Vaccination United Provinces of Agra and Oudh 1914-1922 - 1914-1922
Year: 1914
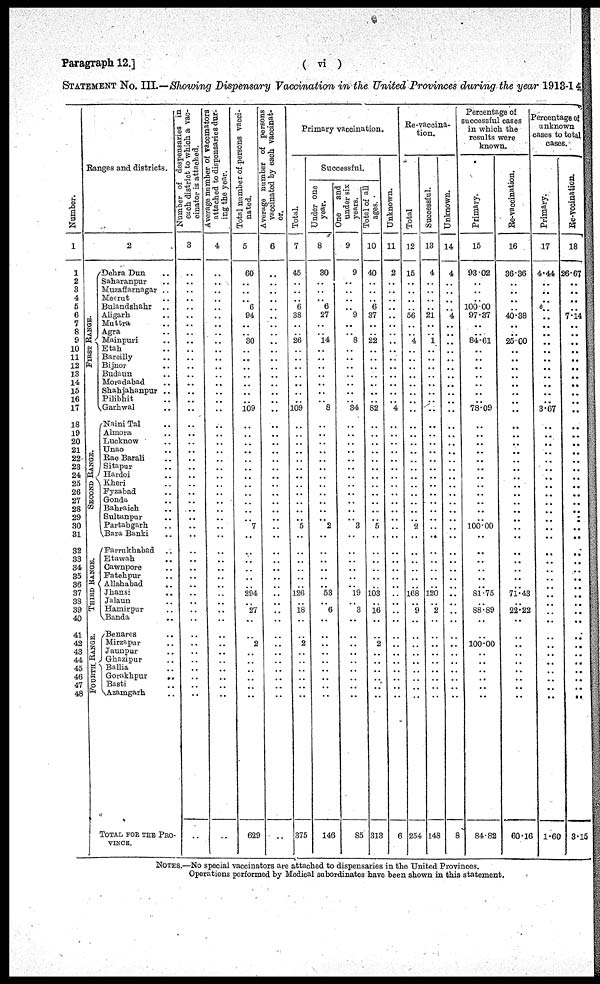
Paragraph 12.]
( vi )
STATEMENT NO. III.—Showing Dispensary Vaccination in the United Provinces during the year 1913-14
Number.
1
1
2
3
4
5
6
7
8
9
10
11
12
13
14
15
16
17
18
19
20
21
22
23
24
25
26
27
28
29
30
31
32
33
34
35
36
37
38
39
40
41
42
43
44
45
46
47
48
Ranges and districts.
FIRST RANGE.
SECOND RANGE.
THIRD RANGE.
FOURTH. RANGE.
2
Dehra Dun ..
Saharanpur ..
Muzaffarnagar ..
Meerut ..
Bulandshahr
..
Aligarh ..
Muttra ..
Agra ..
Mainpuri ..
Etah ..
Bareilly ..
Bijnor ..
Budaun ..
Moradabad ..
Shahjahanpur ..
Pilibhit ..
Garhwal ..
Naini Tal ..
Almora ..
Lucknow ..
Unao ..
Rae Barali ..
Sitapur ..
Hardoi ..
Kheri ..
Fyzabad ..
Gonda ..
Bahraich ..
Sultanpur ..
Partabgarh ..
Bara Banki ..
Farrukhabad ..
Etawah ..
Cawnpore ..
Fatehpur ..
Allahabad ..
Jhansi ..
Jalaun ..
Hamirpur ..
Banda ..
Benares ..
Mirzapur ..
Jaunpur ..
Ghazipur ..
Ballia ..
Gorakhpur
..
Basti ..
Azamgarh ..
TOTAL FOR THE PRO
VINCE.
Number of despensaries in
each district to which a vac-
cinator is attached.
3
..
..
..
..
..
..
..
..
..
..
..
..
..
..
..
..
..
..
..
..
..
..
..
..
..
..
..
..
..
..
..
..
..
..
..
..
..
..
..
..
..
..
..
..
..
..
..
..
..
Average number of vaccinators
attached to dispensaries dur-
ing the year.
4
..
..
..
..
..
..
..
..
..
..
..
..
..
..
..
..
..
..
..
..
..
..
..
..
..
..
..
..
..
..
..
..
..
..
..
..
..
..
..
..
..
..
..
..
..
..
..
..
..
Total number of persons vacci-
nated.
5
60
..
..
.. 6
..94
..
..
30
..
..
..
..
..
..
..
109
..
..
..
..
..
..
..
..
..
..
..
..
7
..
..
..
..
..
..
294
..
27
..
..
2
..
..
..
..
..
..
629
Average number of persons
vaccinated by each vaccinat-
or.
6
..
..
..
..
..
..
..
..
..
..
..
..
..
..
..
..
..
..
..
..
..
..
..
..
..
..
..
..
..
..
..
..
..
..
..
..
..
..
..
..
..
..
..
..
..
..
..
..
..
Primary vaccination.
Total.
7
45
..
..
.. 6
38
..
..
26
..
..
..
..
..
..
..
109
..
..
..
..
..
..
..
..
..
..
..
..
5
..
..
..
..
..
..
126
..
18
..
..
2
..
..
..
..
..
..
375
Successful.
Under one
year.
8
30
..
..
.. 6
27
..
..
14
..
..
..
..
..
..
..
8
..
..
..
..
..
..
..
..
..
..
..
..
2
..
..
..
..
..
..
53
..
6
..
..
..
..
..
..
..
..
..
146
One
and
under six
years.
9
9
..
..
.. ..
9
..
..
8
..
..
..
..
..
..
..
34
..
..
..
..
..
..
..
..
..
..
..
..
3
..
..
..
..
..
..
19
..
3
..
..
..
..
..
..
..
..
..
85
Total of all
ages.
10
40
..
..
.. 6
37
..
..
22
..
..
..
..
..
..
..
82
..
..
..
..
..
..
..
..
..
..
..
..
5
..
..
..
..
..
..
103
..
16
..
..
2
..
..
..
..
..
..
313
Unknown.
11
2
..
..
..
..
..
..
..
..
..
..
..
..
..
..
..
4
..
..
..
..
..
..
..
..
..
..
..
..
..
..
..
..
..
..
..
..
..
..
..
..
..
..
..
..
..
..
..
6
Re-vaccina-
tion.
Total
12
15
..
..
..
..
56
..
..
4
..
..
..
..
..
..
..
..
..
..
..
..
..
..
..
..
..
..
..
..
2
..
..
..
..
..
..
168
..
9
..
..
..
..
..
..
..
..
..
254
Successful.
13
4
..
..
..
..
21
..
..
1
..
..
..
..
..
..
..
..
..
..
..
..
..
..
..
..
..
..
..
..
..
..
..
..
..
..
..
120
..
2
..
..
..
..
..
..
..
..
..
148
Unknown.
14
4
..
..
..
..
4
..
..
..
..
..
..
..
..
..
..
..
..
..
..
..
..
..
..
..
..
..
..
..
..
..
..
..
..
..
..
..
..
..
..
..
..
..
..
..
..
..
..
8
Percentage of
successful cases
in which the
results were
known.
Primary.
15
93.02
..
..
..
100.00
97.37
..
..
84.61
..
..
..
..
..
..
..
78.09
..
..
..
..
..
..
..
..
..
..
..
..
100.00
..
..
..
..
..
..
81.75
..
88.89
..
..
100.00
..
..
..
..
..
..
84..82
Re-vaccination.
16
36.86
..
..
..
..
40.88
..
..
2500
..
..
..
..
..
..
..
..
..
..
..
..
..
..
..
..
..
..
..
..
..
..
..
..
..
..
..
71.43
..
22.22
..
..
..
..
..
..
..
..
..
60.16
Percentage of
unknown
cases to total
cases.
Primary.
17
4.44
..
..
.. ..
..
..
..
..
..
..
..
..
..
..
..
3.67
..
..
..
..
..
..
..
..
..
..
..
..
..
..
..
..
..
..
..
..
..
..
..
..
..
..
..
..
..
..
..
1.60
Re-vccination.
18
26.67
..
..
..
..
7.14
..
..
..
..
..
..
..
..
..
..
..
..
..
..
..
..
..
..
..
..
..
..
..
..
..
..
..
..
..
..
..
..
..
..
..
..
..
..
..
..
..
..
3.15
NOTES.—No special vaccinators are attached to dispensaries in the United Provinces.
Operations performed by Medical subordinates have been shown in this statement.